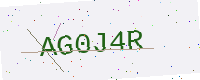
Text: AG0J4R